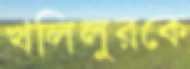
খলিলুরকে